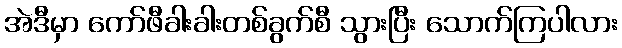
အဲဒီမှာ ကော်ဖီခါးခါးတစ်ခွက်စီ သွားပြီး သောက်ကြပါလား